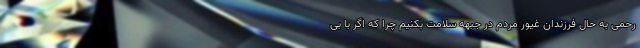
رحمی به حال فرزندان غیور مردم در جبهه سلامت بکنیم چرا که اگر با بی